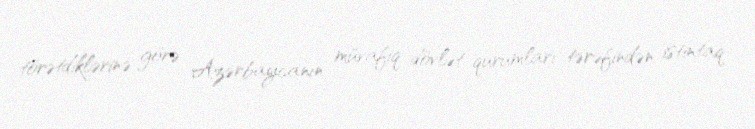
törətdiklərinə görə Azərbaycanın müvafiq dövlət qurumları tərəfindən istintaq